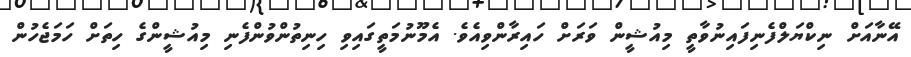
އޭނާއަށް ނިކްޔަލްފެނިފައިިނުވާތީ މިއުޝީން ވަރަށް ހައިރާންވިއެވެ. އެމޫނުމަތީގައިވި ހިނިތުންވުންފެނި މިއުޝީންގެ ހިތަށް ހަމަޖެހުން